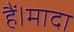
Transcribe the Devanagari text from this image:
हैं।मादा